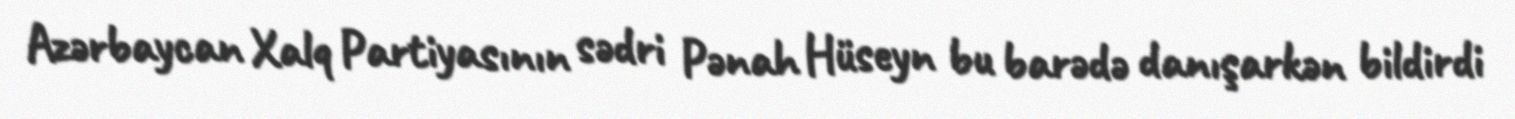
Azərbaycan Xalq Partiyasının sədri Pənah Hüseyn bu barədə danışarkən bildirdi